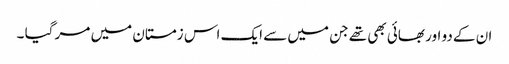
ان کے دو اور بھائی بھی تھے جن میں سے ایک اس زمستان میں مر گیا ۔